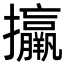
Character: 𢺑